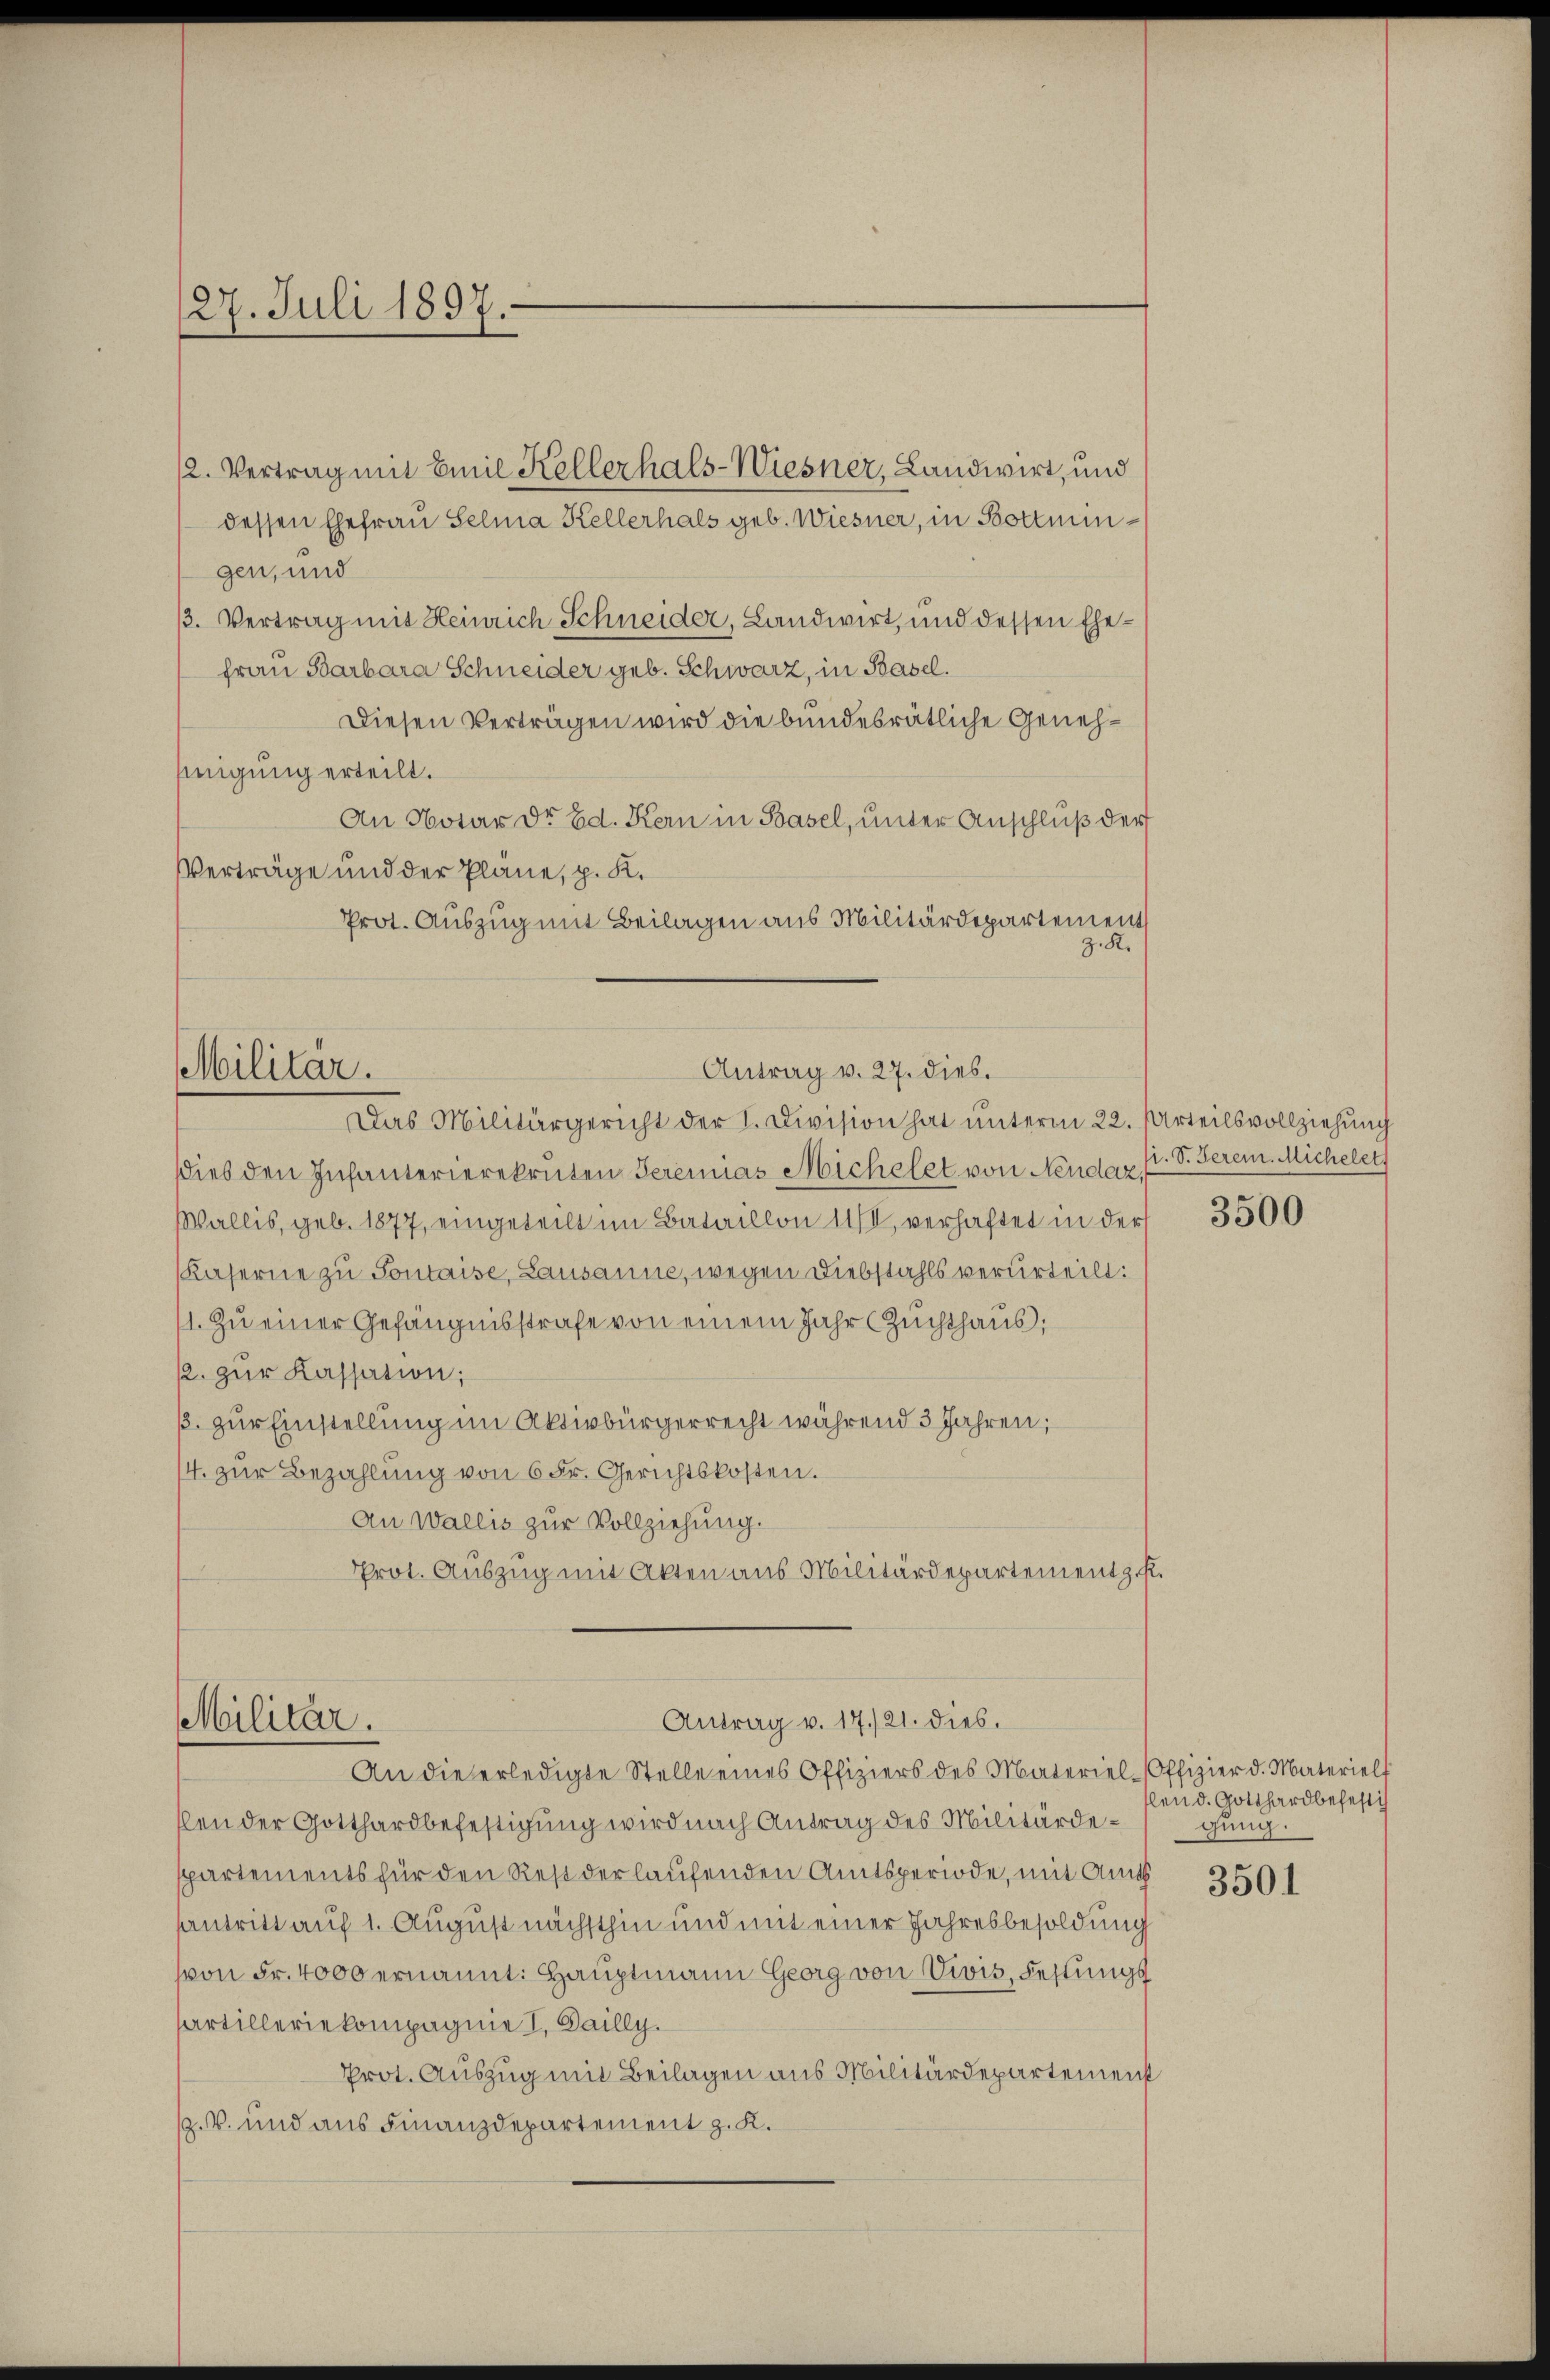
27. Juli 1897.

2. Vertrag mit Emil Kellerhals-Wiesner, Landwirt, und
dessen Ehefrau Selna Kellerhals geb. Wiesner, in Bottmungen, und
3. Vertrag mit Heinrich Schneider, Landwirt, und dessen Ehe¬
Frau Barbara Schneider geb. Schwarz, in Basel.
Diesen Verträgen wird die bundesrätliche Geneh¬
Einigung erteilt.
An Notar Dr. Ed. Kern in Basel, unter Anschluß der
VVerträge und der Plane, p. K.
Prot. Auszug mit Beilagen aus Militärdepartement
R.

Antrag v. 27. dies.
Militär.
Das Militärgericht der I. Division hat unterm 22. Urteilsvollziehung

dies den Infanterierekruten Geremias Michelet von Neudax f. S. Serem. Michelet
Wallis, geb. 1877, eingeteilt im Bataillon 11, verhaftet in der
Kaserne zu Sontaise, Lausanne, wegen Diebstahls verurteilt:
1. Zu einer Gefängnisstrafe von einem Jahr (Zuchthaus
k. zur Kassation;
ß. zur Einstellung im Aktivbürgerrecht während 3 Jahren;
14. zur Bezahlung von 6 Fr. Gerichtskosten.
An Wallis zur Vollziehung.
Prot. Auszug mit Akten aus Militärdepartement z. K.

Antrag v. 17./21. dies.
Militär.
An die erledigte Stelle eines Offiziers des Materiel-Offizier d. Materiell

slen der Gotthardbefestigung wird nach Antrag des Militärdespartements für den Rest derlaufenden Amtsperiode, mit Amts
antritt auf 1. August nächsthin und mit einer Jahresbesoldung
svon Fr. 4000 ernannt: Hauptmann Georg von Vivis, Festungs
Partilleriekompagnie I. Bailly.
Prot. Auszug mit Beilagen aus Militärdepartement
z. V. und aus Finanzdepartement z. K.

3500

len d. Gotthard beheftig
gung.

3501